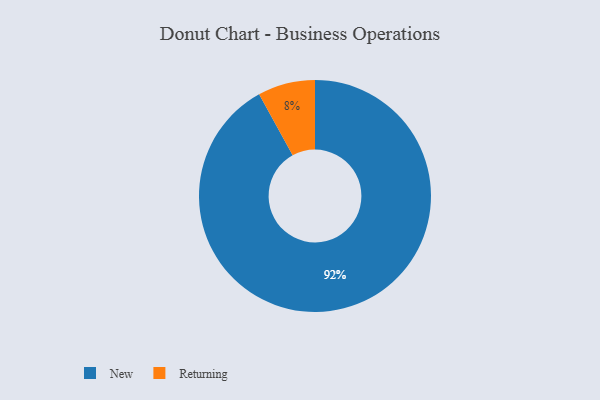
{"axis": {"x": "Category", "y": "Percentage"}, "legend": ["New", "Returning"], "data": [{"x": "Returning", "y": 8, "type": "Returning"}, {"x": "New", "y": 92, "type": "New"}]}